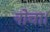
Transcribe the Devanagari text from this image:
नोचा।